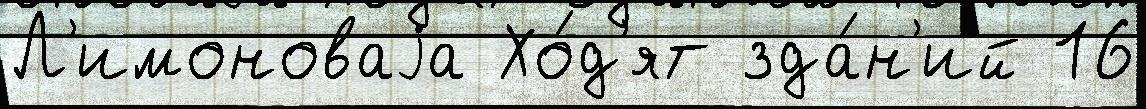
Л'имоноваjа Хо́д'ят зда́н'ий 16